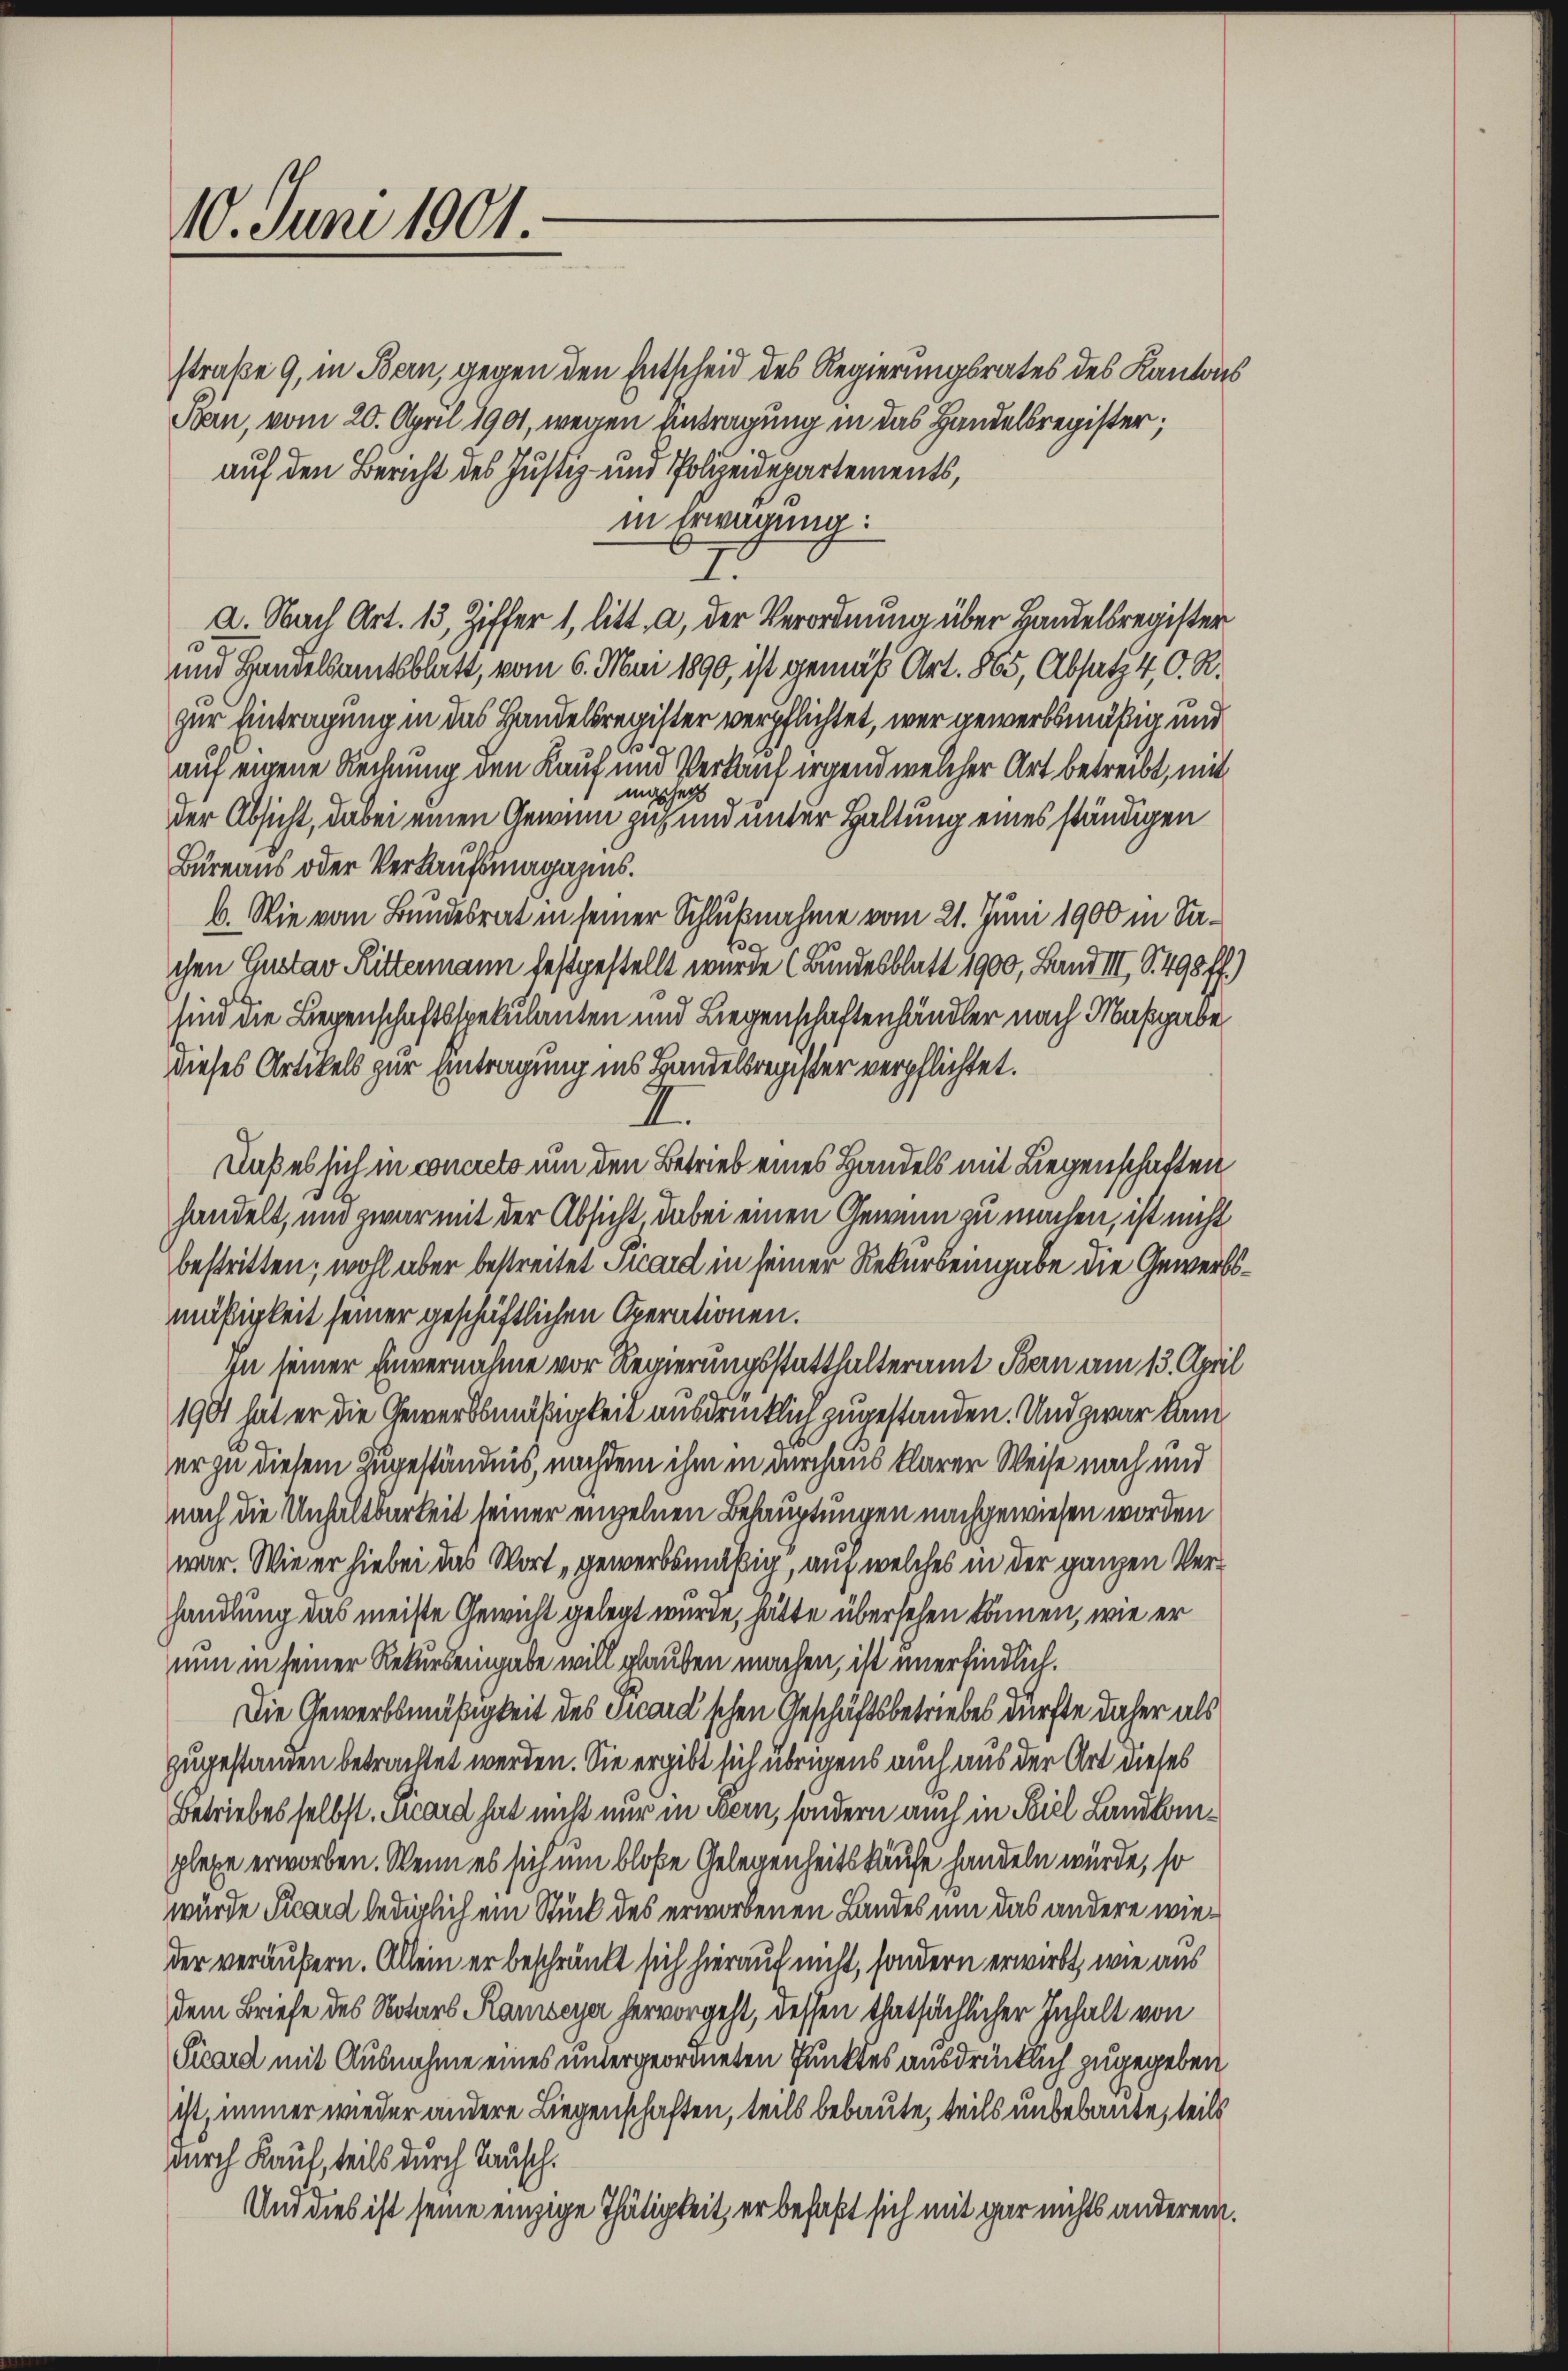
10. Juni 1901

straße 9, in Bern, gegen den Entscheid des Regierungsrates des Kantons
Ban, vom 20. April 1901, wegen Antragung in das Handelsregister;
auf den Bericht des Justiz- und Polizeidepartements,
in Erwägung:
7.
a. Nach Art. 13, Ziffer 1, litt. a, der Verordnung über Handelsregister
und Handelsamtsblatt, vom 6. Mai 1890, ist gemäß Art. 865, Absatz 4 O. R.
zur Eintragung in das Handelsregister verpflichtet, wer gewerbsmäßig und
B
auf eigene Rechnung den Lauf und Verkauf irgend welcher Art betreibt, mit
massen
der Absicht, dabei einen Gewinn zu und unter Haltung eines ständigen
Bureaus oder Verkaufsmagazins.
b. Wie vom Bundesrat in seiner Schlußnahme vom 21. Juni 1900 in Sa¬
.
chen Gustav Rittermann festgestellt wurde (Bundesblatt 1900, Band III, S. 498 ff.)
sind die Liegenschaftsspekulanten und Liegenschaftenhändler nach Maßgabe
dieses Artikels zur Eintragung ins Handelsregister verpflichtet.
2
daß es sich in concreto um den Betrieb eines Handels mit Liegenschaften
handelt, und zwar mit der Absicht, dabei einen Gewinn zu machen, ist nicht
bestritten; wohl aber bestreitet Picard in seiner Rekursengabe die Gewerbsmäßigkeit seiner geschäftlichen Operationen.
In seiner Einvernahme vor Regierungsstatthalteramt Bern am 13. April
1901 hat er die Gewerbsmäßigkeit ausdrücklich zugestanden. Und zwar kam
er zu diesem Zugeständnis, nachdem ihm in durchaus klarer Weise nach und
nach die Unhaltbarkeit seiner enzelnen Behauptungen nachgewiesen worden
war. Wie er hiebei das Wort „gewerbsmäßig, auf welches in der ganzen Verhandlung das meiste Gewicht gelegt wurde, hätte übersehen können, wie er
nun in seiner Rekurs eingabe will glauben machen, ist unerfindlich.
Die Gewerbsmäßigkeit des Vicard'schen Geschäftsbetriebes dürfte daher als
zugestanden betrachtet werden. Sie ergibt sich übrigens auch aus der Art dieses
Betriebes selbst. Vicard hat nicht nur in Bern, sondern auch in Spiel Landkomplexe erworben. Wenn es sich um bloße Gelegenheitskäufe handeln würde, so
wurde Sicard lediglichem Stück des erworbenen Landes um das andere wieder veräußern. Allein er beschränkt sich hierauf nicht, sondern erwirbt, wie aus
dem Briefe des Notars Rambeyer hervorgeht, dessen thatsächlicher Inhalt von
Picard mit Ausnahme eines untergeordneten Punktes ausdrücklich zugegeben
ist, immer wieder andere Liegenschaften, teils bebaute, teils unbebaute, teils
durch Kauf, teils durch Tausch.
Und dies ist seine einzige Thätigkeit, er befaßt sich mit gar nichts anderem.